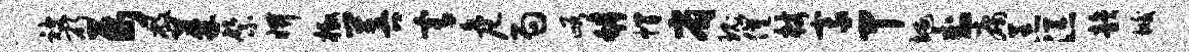
被斫属敝蓁綮妍檄菩宥危局峪罅帽省瑰催杖豪甲埏卦庸恙添韵垢